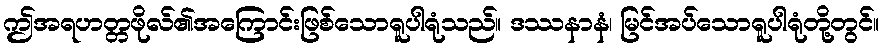
ဤအရဟတ္တဖိုလ်၏အကြောင်းဖြစ်သောရူပါရုံသည်။ ဒဿနာနံ၊ မြင်အပ်သောရူပါရုံတို့တွင်။